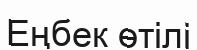
Еңбек өтілі